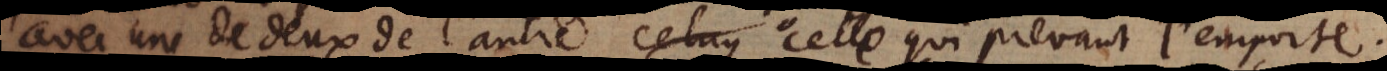
avec une de deux de l’autre celle qui prevaut l’emporte.